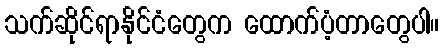
သက်ဆိုင်ရာနိုင်ငံတွေက ထောက်ပံ့တာတွေပါ။